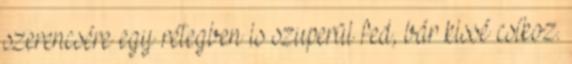
szerencsére egy rétegben is szuperül fed, bár kissé csíkoz.